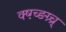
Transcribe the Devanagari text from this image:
क्ष्ग़्च्ङग्र्च्र्